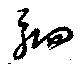
駟